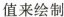
值来绘制